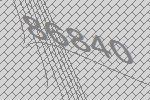
86840